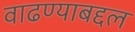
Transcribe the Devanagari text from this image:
वाढण्याबद्दल